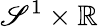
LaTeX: \mathscr{S}^{1}\times\mathbb{{R}}